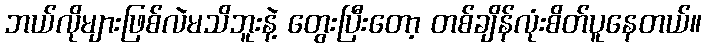
ဘယ်လိုများဖြစ်လဲမသိဘူးနဲ့ တွေးပြီးတော့ တစ်ချိန်လုံးစိတ်ပူနေတယ်။